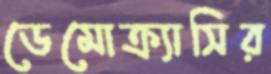
ডেমোক্র্যাসির